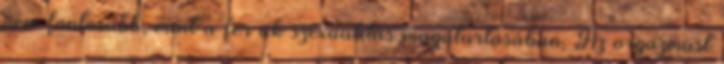
nem fontosabb, mint a férﬁak szexualitás magatartásában. Az orgazmust